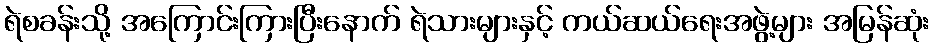
ရဲစခန်းသို့ အကြောင်းကြားပြီးနောက် ရဲသားများနှင့် ကယ်ဆယ်ရေးအဖွဲ့များ အမြန်ဆုံး